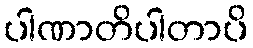
ပါဏာတိပါတာပိ